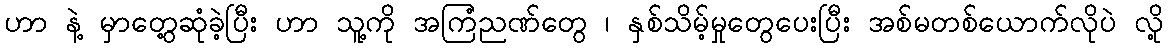
ဟာ နဲ့ မှာတွေ့ဆုံခဲ့ပြီး ဟာ သူ့ကို အကြံညဏ်တွေ ၊ နှစ်သိမ့်မှုတွေပေးပြီး အစ်မတစ်ယောက်လိုပဲ လို့